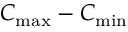
C _ { \mathrm { m a x } } - C _ { \mathrm { m i n } }